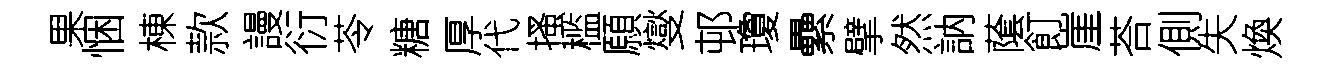
果悃棟款謾衍苓糖厚代搔槛願燮邨瓊纍擘然訥䕃飣崖荅側失煥